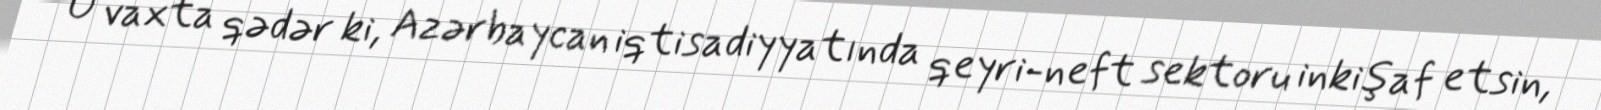
O vaxta qədər ki, Azərbaycan iqtisadiyyatında qeyri-neft sektoru inkişaf etsin,